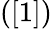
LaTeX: ([1])